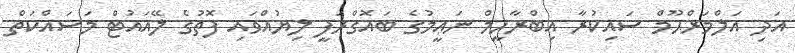
އަދި އަލްމަރްޙޫމް ސައިކުރާ އިބްރާހީމް ނަޢީމުގެ ބައޮގްރަފީ ލިޔުއްވައި ފޮތުގެ ލޭއައުޓް މަސައްކަތް